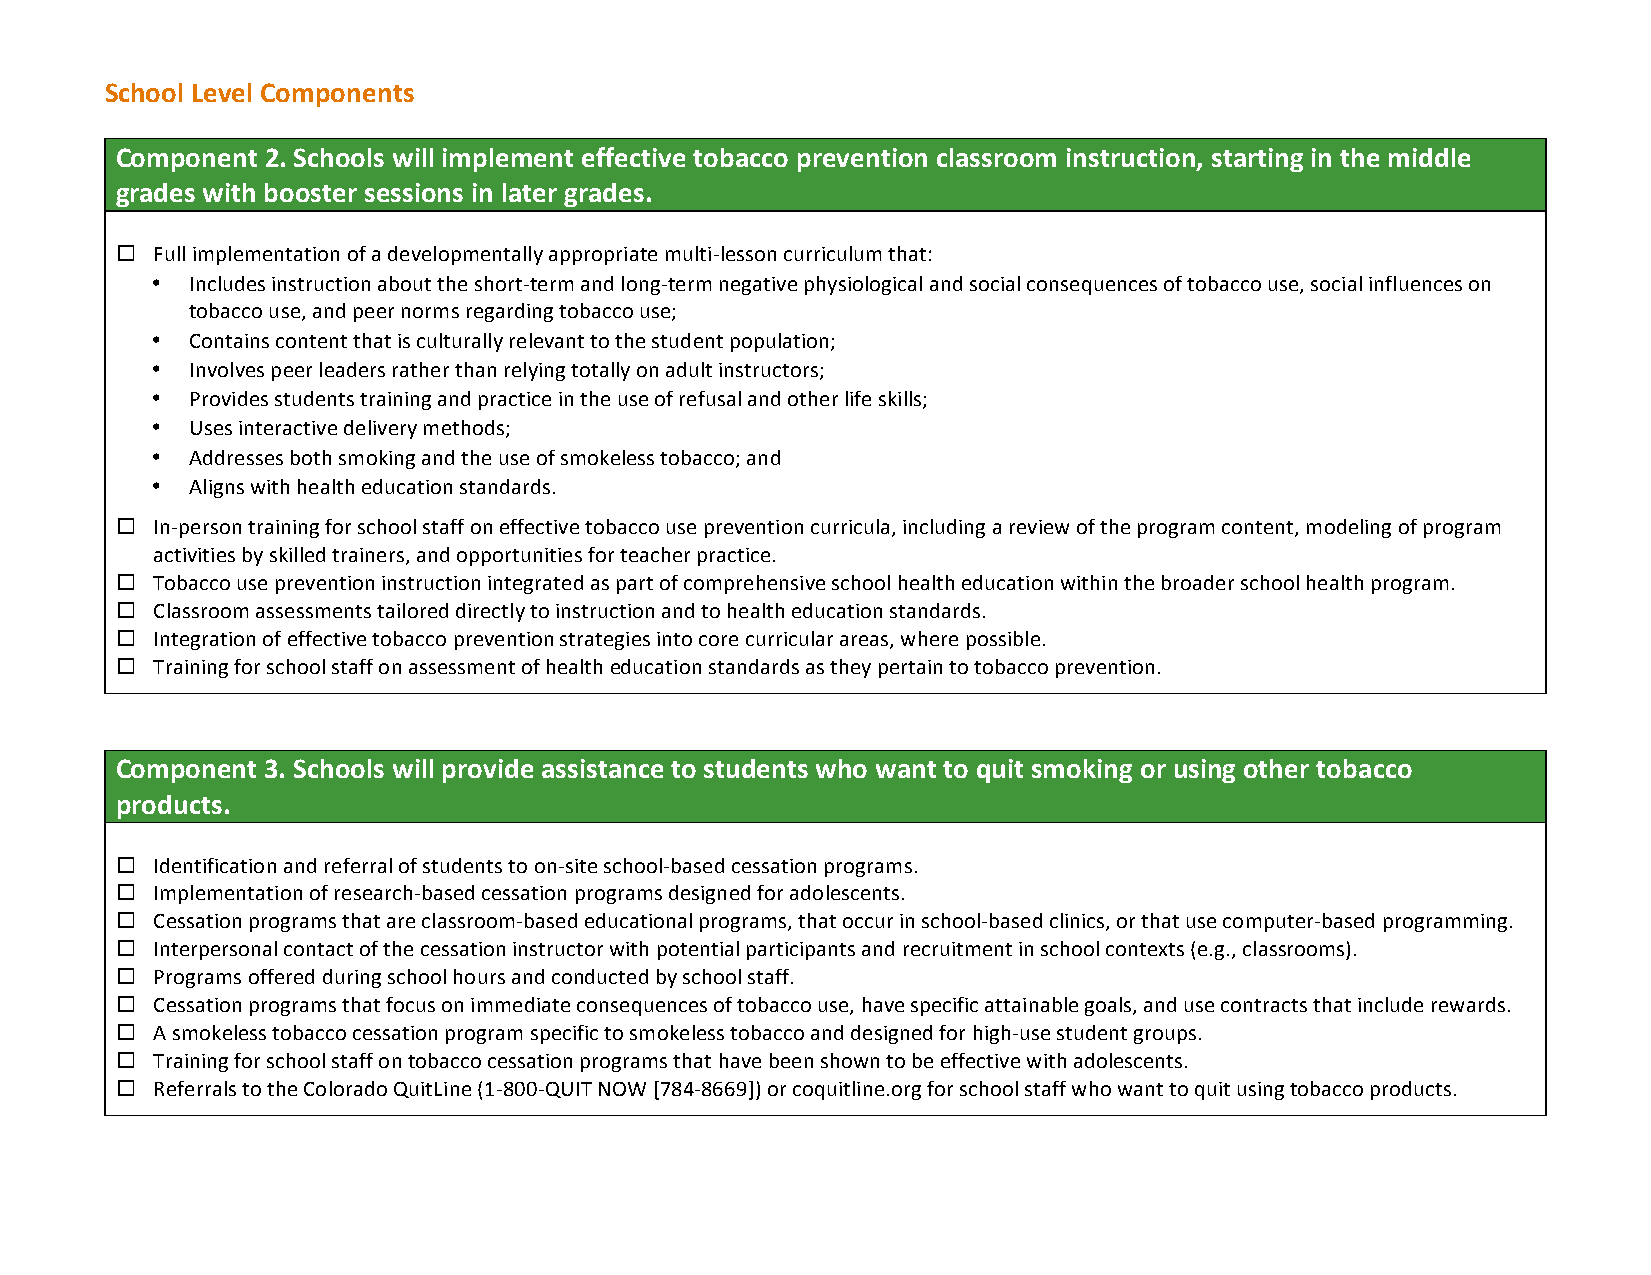
School Level Components
 Component 2. Schools will implement effective tobacco prevention classroom instruction, starting in the middle
 grades with booster sessions in later grades.
 ¨ Full implementation of a developmentally appropriate multi-­‐lesson curriculum that:
 •  Includes instruction about the short-­‐term and long-­‐term negative physiological and social consequences of tobacco use, social influences on
 tobacco use, and peer norms regarding tobacco use;
 •  Contains content that is culturally relevant to the student population;
 •  Involves peer leaders rather than relying totally on adult instructors;
 •  Provides students training and practice in the use of refusal and other life skills;
 •  Uses interactive delivery methods;
 •  Addresses both smoking and the use of smokeless tobacco; and
 •  Aligns with health education standards.
 ¨ In-­‐person training for school staff on effective tobacco use prevention curricula, including a review of the program content, modeling of program
 activities by skilled trainers, and opportunities for teacher practice.
 ¨ Tobacco use prevention instruction integrated as part of comprehensive school health education within the broader school health program.
 ¨ Classroom assessments tailored directly to instruction and to health education standards.
 ¨ Integration of effective tobacco prevention strategies into core curricular areas, where possible.
 ¨ Training for school staff on assessment of health education standards as they pertain to tobacco prevention.
 Component 3. Schools will provide assistance to students who want to quit smoking or using other tobacco
 products.
 ¨ Identification and referral of students to on-­‐site school-­‐based cessation programs.
 ¨ Implementation of research-­‐based cessation programs designed for adolescents.
 ¨ Cessation programs that are classroom-­‐based educational programs, that occur in school-­‐based clinics, or that use computer-­‐based programming.
 ¨ Interpersonal contact of the cessation instructor with potential participants and recruitment in school contexts (e.g., classrooms).
 ¨ Programs offered during school hours and conducted by school staff.
 ¨ Cessation programs that focus on immediate consequences of tobacco use, have specific attainable goals, and use contracts that include rewards.
 ¨ A smokeless tobacco cessation program specific to smokeless tobacco and designed for high-­‐use student groups.
 ¨ Training for school staff on tobacco cessation programs that have been shown to be effective with adolescents.
 ¨ Referrals to the Colorado QuitLine (1-­‐800-­‐QUIT NOW [784-­‐8669]) or coquitline.org for school staff who want to quit using tobacco products.